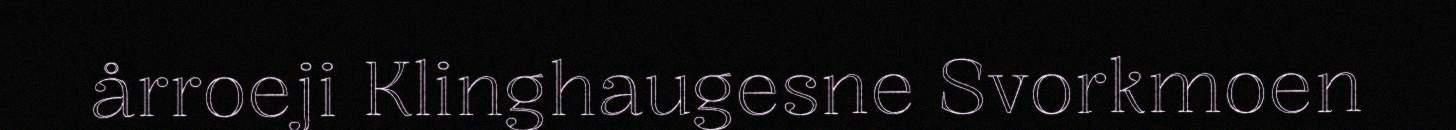
årroeji Klinghaugesne Svorkmoen